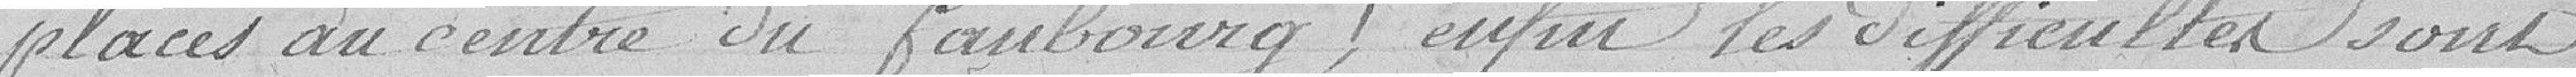
placés au centre du faubourg; enfin les difficultés sont